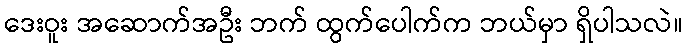
ဒေးဝူး အဆောက်အဦး ဘက် ထွက်ပေါက်က ဘယ်မှာ ရှိပါသလဲ။